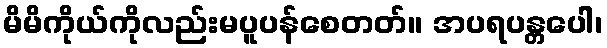
မိမိကိုယ်ကိုလည်းမပူပန်စေတတ်။ အပရပန္တပေါ၊